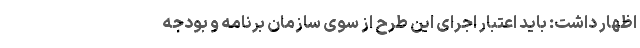
اظهار داشت: باید اعتبار اجرای این طرح از سوی سازمان برنامه و بودجه